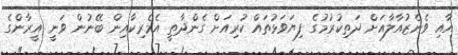
އާއި ވެނެޒުއާލާއަށް ދަތިކުރުމުގެ ފިޔަވަޅުތައް ކުރިއަށް ގެންދާތީ އެމެރިކާއިން ބޭނުން ވަނީ އީރާންގެ